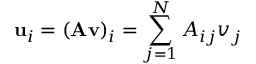
\mathbf { u } _ { i } = ( \mathbf { A } \mathbf { v } ) _ { i } = \sum _ { j = 1 } ^ { N } A _ { i j } v _ { j }